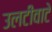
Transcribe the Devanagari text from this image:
उलटीवाटे